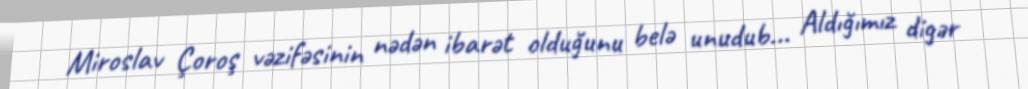
Miroslav Çoroş vəzifəsinin nədən ibarət olduğunu belə unudub... Aldığımız digər